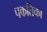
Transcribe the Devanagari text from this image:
पकतिका